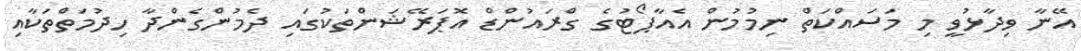
އޭނާ ވިދާޅުވީ މި މަސައްކަތް ނިމުމުން އެއާޕޯޓުގެ ގްރައުންޑް އޮޕަރޭޝަންތަކުގައި ދެމުންގެންދާ ހިދުމަތްތަކާއި